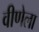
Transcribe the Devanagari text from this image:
वीणेला